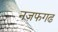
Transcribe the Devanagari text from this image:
नज़फगढ